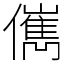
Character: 㒞